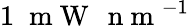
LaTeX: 1\; \mathrm{~m~W~}\, \mathrm{~n~m~}^{-1}